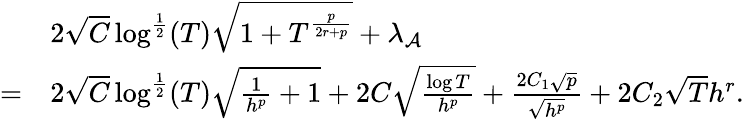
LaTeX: \begin{array}{rl}&{2\sqrt{C}\log^{\frac{1}{2}}(T)\sqrt{1+T^{\frac{p}{2r+p}}}+\lambda_{\mathcal{A}}}\\ {=}&{2\sqrt{C}\log^{\frac{1}{2}}(T)\sqrt{\frac{1}{h^{p}}+1}+2C\sqrt{\frac{\log T}{h^{p}}}+\frac{2C_{1}\sqrt{p}}{\sqrt{h^{p}}}+2C_{2}\sqrt{T}h^{r}.}\end{array}